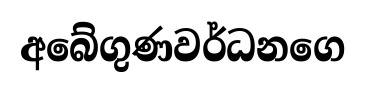
අබේගුණවර්ධනගෙ